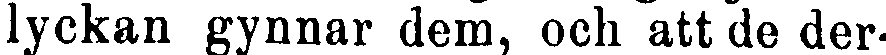
lyckan gynnar dem, och att de der-